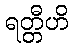
ရတ္တီဟိ